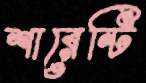
শারেন্টি